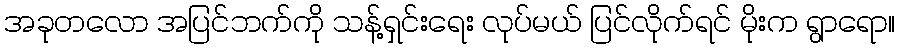
အခုတလော အပြင်ဘက်ကို သန့်ရှင်းရေး လုပ်မယ် ပြင်လိုက်ရင် မိုးက ရွာရော။